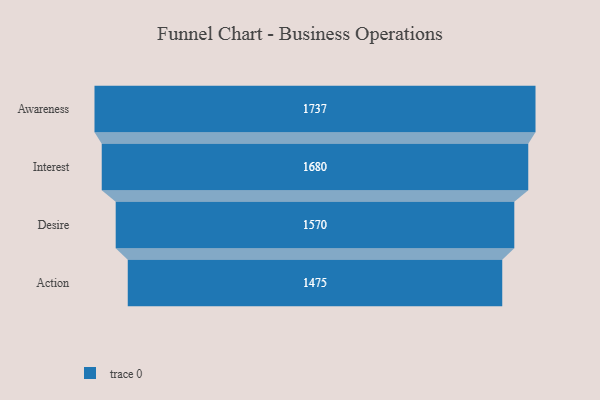
{"axis": {"x": "Stage", "y": "Value"}, "legend": [""], "data": [{"x": "Awareness", "y": 1737.0, "type": ""}, {"x": "Interest", "y": 1680.0, "type": ""}, {"x": "Desire", "y": 1570.0, "type": ""}, {"x": "Action", "y": 1475.0, "type": ""}]}